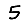
Digit: 5